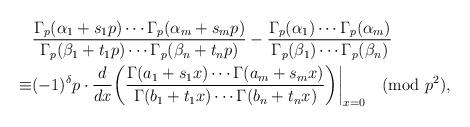
LaTeX: \begin{align*}&\frac{\Gamma_p(\alpha_1+s_1p)\cdots\Gamma_p(\alpha_m+s_mp)}{\Gamma_p(\beta_1+t_1p)\cdots\Gamma_p(\beta_n+t_np)}-\frac{\Gamma_p(\alpha_1)\cdots\Gamma_p(\alpha_m)}{\Gamma_p(\beta_1)\cdots\Gamma_p(\beta_n)}\\\equiv&(-1)^{\delta}p\cdot\frac{d}{d x}\bigg(\frac{\Gamma(a_1+s_1x)\cdots\Gamma(a_m+s_mx)}{\Gamma(b_1+t_1x)\cdots\Gamma(b_n+t_nx)}\bigg)\bigg|_{x=0}\pmod{p^2},\end{align*}